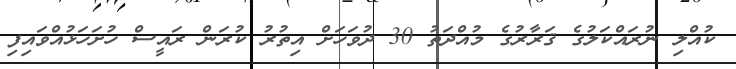
ކުއްލި ނުރައްކަލުގެ ޤަރާރުގެ މުއްދަތު 30 ދުވަހަށް އިތުރު ކުރަން ރައީސް ހުށަހަޅުއްވައިފި